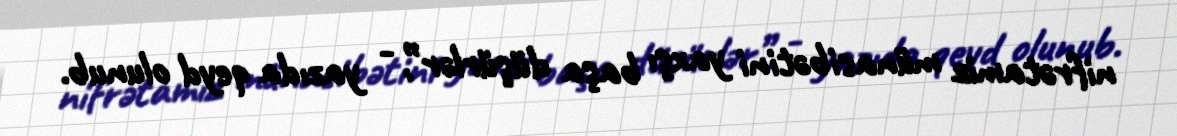
nifrətamiz münasibətini yaxşı başa düşürlər”, - yazıda qeyd olunub.